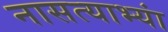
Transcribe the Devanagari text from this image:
नासत्याभ्यां